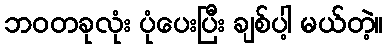
ဘဝတခုလုံး ပုံပေးပြီး ချစ်ပါ့ မယ်တဲ့။